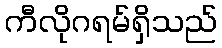
ကီလိုဂရမ်ရှိသည်